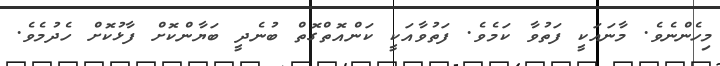
މިހެންނެވެ. މާނައަކީ ފަތުވާ ކަމެވެ. ފަތުވާއަކީ ކަންއޮތްގޮތް ބުނެދީ ބަޔާންކޮށް ފާޅުކޮށް ހެދުމެވެ.